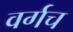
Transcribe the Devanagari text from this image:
वर्गच